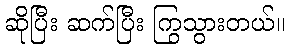
ဆိုပြီး ဆက်ပြီး ကြွသွားတယ်။